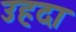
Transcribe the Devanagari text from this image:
उहदा